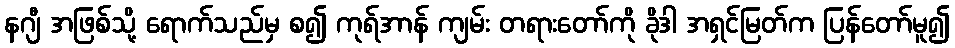
နဂျီ အဖြစ်သို့ ရောက်သည်မှ စ၍ ကုရ်အာန် ကျမ်း တရားတော်ကို ခိုဒါ အရှင်မြတ်က ပြန်တော်မူ၍